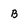
Character: B